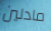
مادلين